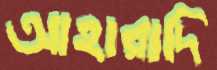
আহারাদি